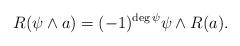
LaTeX: \begin{align*} R(\psi \wedge a) = (-1)^{\deg \psi} \psi\wedge R(a).\end{align*}